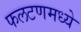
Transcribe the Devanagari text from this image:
फलटणमध्ये